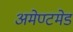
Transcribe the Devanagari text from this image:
अमेण्टमेड